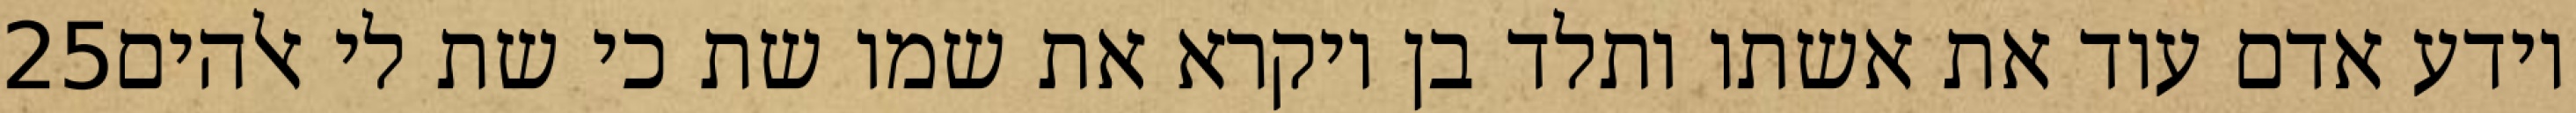
‎25‏ וידע אדם עוד את אשתו ותלד בן ויקרא את שמו שת כי שת לי אלהים